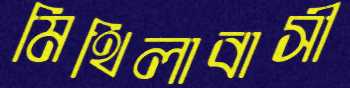
মিথিলাবাসী